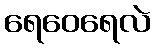
ရေဝေရေလဲ